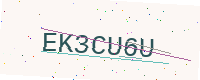
Text: EK3CU6U